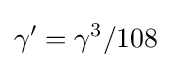
\gamma '=\gamma ^{3}/108